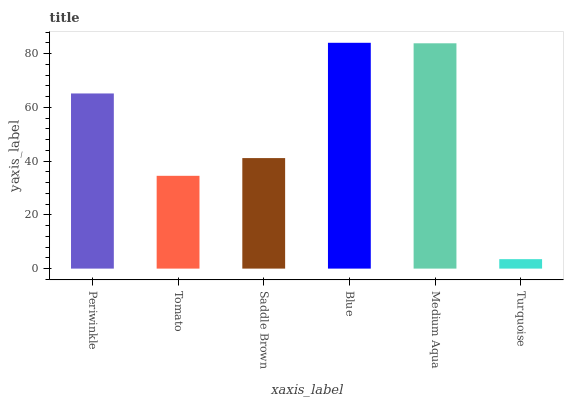
| xaxis_label | bars |
 | --- | --- |
 | Periwinkle | 65.2 |
 | Tomato | 34.5 |
 | Saddle Brown | 41.1 |
 | Blue | 84 |
 | Medium Aqua | 83.9 |
 | Turquoise | 3.52 |